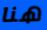
هنا